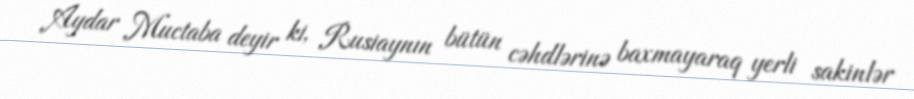
Aydar Muctaba deyir ki, Rusiaynın bütün cəhdlərinə baxmayaraq yerli sakinlər